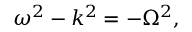
\omega ^ { 2 } - k ^ { 2 } = - \Omega ^ { 2 } ,